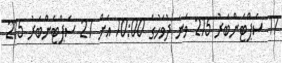
17 ސެޕްޓެންބަރު 215 ވަނަ ދުވަހުގެ 10:00 އަށް 27 ސެޕްޓެންބަރު 215